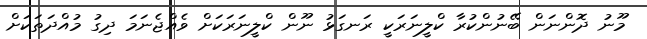
މޫނު ދޮންނަން ބޭނުންކުރާ ކްލީނަރަކީ ރަނގަޅު ނޫން ކްލީނަރަކަށް ވެއްޖެނަމަ ދިގު މުއްދަތަކަށް